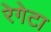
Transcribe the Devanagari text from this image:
रेगेटा